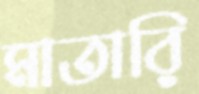
মাতারি